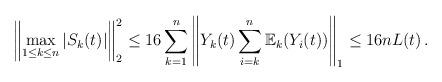
LaTeX: \begin{align*} \left \|\max_{1 \leq k \leq n} |S_k(t)| \right \|_2^2 \leq 16 \sum_{k=1}^n \left \| Y_k(t) \sum_{i=k}^n {\mathbb E}_k(Y_i(t)) \right \|_1 \leq 16 n L(t) \, .\end{align*}